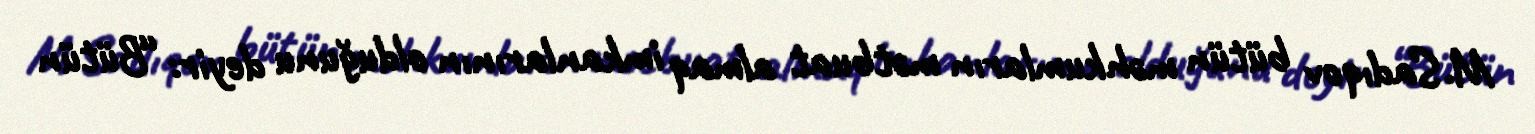
M.Sadıqov bütün məhkumların mətbuat almaq imkanlarının olduğunu deyir: “Bütün